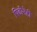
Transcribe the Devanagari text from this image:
पिढीनेही